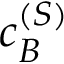
\boldsymbol { c } _ { B } ^ { ( S ) }